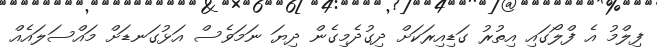
ފިލްމު އެ ފްލޯގައި އިތުރު ގަޑިއިރަކަށް ދިގުދެމިގެން ދިޔަ ނަމަވެސް އަޅުގަނޑަށް މައްސަލައެއް